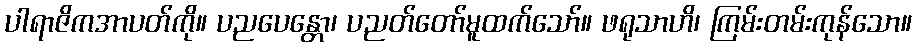
ပါရာဇိကအာပတ်ကို။ ပညပေန္တော၊ ပညတ်တော်မူထက်သော်။ ဖရုသာဟိ၊ ကြမ်းတမ်းကုန်သော။